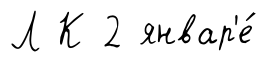
Л К 2 январ'е́